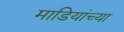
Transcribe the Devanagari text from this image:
माडियांच्या